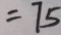
= 7 5